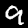
Digit: 9